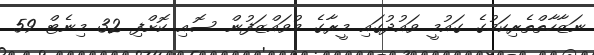
ނަޒާހާތްތެރިކަމުގެ ގައުމީ ވައުދުގައި މީރާގެ މުވައްޒަފުން ސޮއި ކޮށްފި 32 މިނެޓް 59